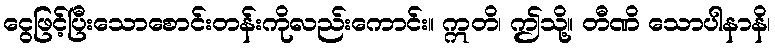
ငွေဖြင့်ပြီးသောစောင်းတန်းကိုလည်းကောင်း။ ဣတိ၊ ဤသို့။ တီဏိ သောပါနာနိ၊